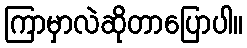
ကြာမှာလဲဆိုတာပြောပါ။